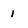
Character: 1